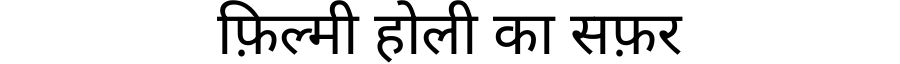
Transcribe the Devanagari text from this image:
फ़िल्मी होली का सफ़र